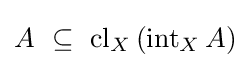
A~\subseteq ~\operatorname {cl} _{X}\left(\operatorname {int} _{X}A\right)